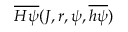
\overline { { H \psi } } ( J , r , \psi , \overline { { h \psi } } )